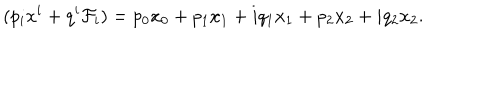
( p _ { i } x ^ { i } + q ^ { i } \mathcal { F } _ { i } ) = p _ { 0 } x _ { 0 } + p _ { 1 } x _ { 1 } + i q _ { 1 } x _ { 1 } + p _ { 2 } x _ { 2 } + i q _ { 2 } x _ { 2 } .